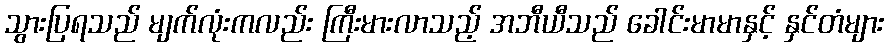
သွားပြရသည် မျက်လုံးကလည်း ကြီးမားလာသည့် အဘီယီသည် ခေါင်းမာမာနှင့် နှင်တံများ